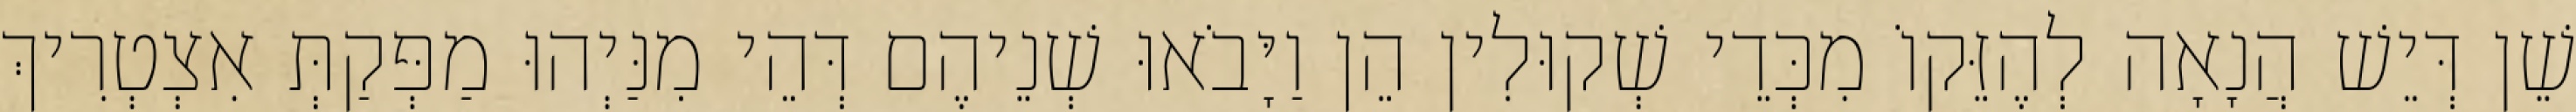
שֵׁן דְּיֵשׁ הֲנָאָה לְהֶזֵּקוֹ מִכְּדֵי שְׁקוּלִין הֵן וַיָּבֹאוּ שְׁנֵיהֶם דְּהֵי מִנַּיְהוּ מַפְּקַתְּ אִצְטְרִיךְ